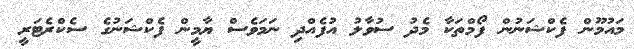
މައުމޫން ފެކްޝަނުން ފޯމްތަކާ މެދު ސުވާލު އުފެއްދި ނަމަވެސް ޔާމީން ފެކްޝަނުގެ ސެކްރެޓަރީ